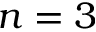
n = 3